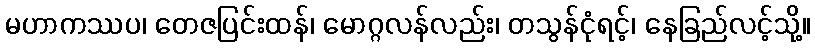
မဟာကဿပ၊ တေဇပြင်းထန်၊ မောဂ္ဂလန်လည်း၊ တသွန်ငုံရင့်၊ နေခြည်လင့်သို့။